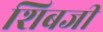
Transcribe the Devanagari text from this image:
शिबजी